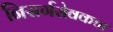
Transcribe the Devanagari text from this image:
निसर्गसेवकचा